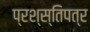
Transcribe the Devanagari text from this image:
प्रश्स्तिपत्र